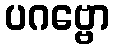
ပဂဗ္ဗော